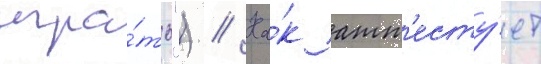
игра́ть") // Ка́к атт'есту́ет